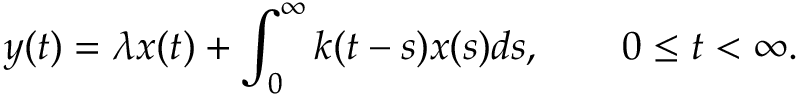
y ( t ) = \lambda x ( t ) + \int _ { 0 } ^ { \infty } k ( t - s ) x ( s ) d s , \qquad 0 \leq t < \infty .